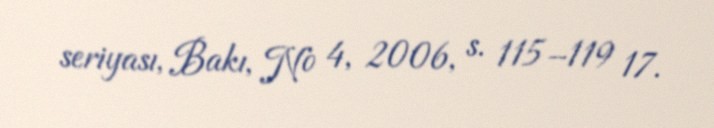
seriyası, Bakı, № 4, 2006, s. 115–119 17.